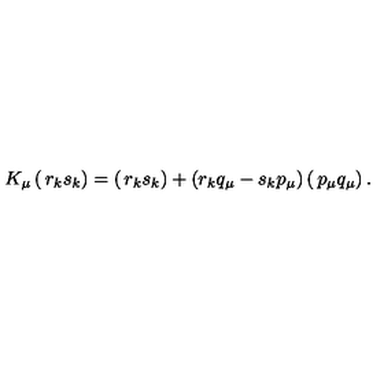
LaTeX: K _ { \mu } \left( \begin{matrix} { r _ { k } } \\ { s _ { k } } \\ \end{matrix} \right) = \left( \begin{matrix} { r _ { k } } \\ { s _ { k } } \\ \end{matrix} \right) + ( r _ { k } q _ { \mu } - s _ { k } p _ { \mu } ) \left( \begin{matrix} { p _ { \mu } } \\ { q _ { \mu } } \\ \end{matrix} \right) .